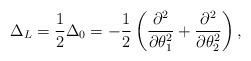
LaTeX: \begin{align*} \Delta_L=\frac{1}{2}\Delta_0=-\frac{1}{2}\left(\frac{\partial^2}{\partial\theta_1^2}+\frac{\partial^2}{\partial\theta_2^2}\right),\end{align*}